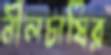
নীলচাষির